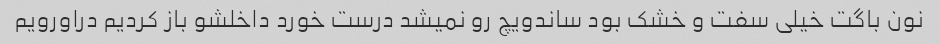
نون باگت خیلی سفت و خشک بود ساندویچ رو نمیشد درست خورد داخلشو باز کردیم دراورویم